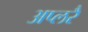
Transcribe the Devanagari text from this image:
अप्लरै